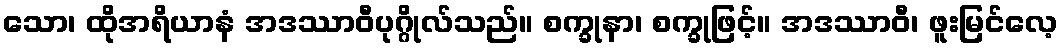
သော၊ ထိုအရိယာနံ အဒဿာဝီပုဂ္ဂိုလ်သည်။ စက္ခုနာ၊ စက္ခုဖြင့်။ အဒဿာဝီ၊ ဖူးမြင်လေ့